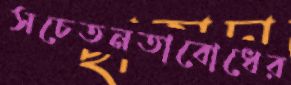
সচেতনতাবোধের